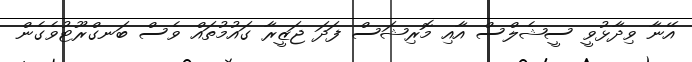
އޭނާ ވިދާޅުވީ ސީޝެލްސް އާއި މޮރިޝަސް ފަދަ ޖަޒީރާ ގައުމުތައް ވެސް ބަނގްރޫޓުވެގެން